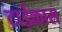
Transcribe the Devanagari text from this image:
टाईक्रास